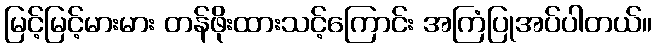
မြင့်မြင့်မားမား တန်ဖိုးထားသင့်ကြောင်း အကြံပြုအပ်ပါတယ်။